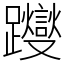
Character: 躞